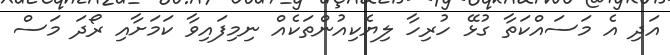
އަދި އެ މަސައްކަތާ ގުޅޭ ހުރިހާ ލިޔެކިއުންތަކެއް ނިމިފައިވާ ކަމަށާއި ރޯދަ މަސް